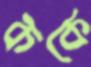
ককে